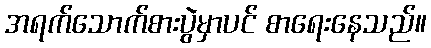
အရက်သောက်စားပွဲမှာပင် စာရေးနေသည်။